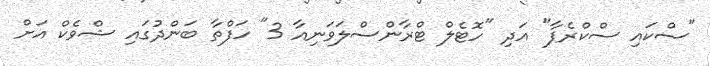
"ސްކައި ސްކްރެޕާ" އަދި "ހޮޓެލް ޓްރާންސްލަވަނިއާ 3" ހަފްތާ ބަންދުގައި ޝްވެކް އަށް